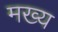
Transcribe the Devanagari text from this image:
मख्य